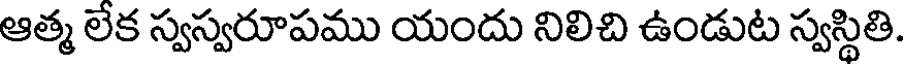
ఆత్మ లేక స్వస్వరూపము యందు నిలిచి ఉండుట స్వస్థితి.